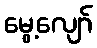
မွေ့လျော်